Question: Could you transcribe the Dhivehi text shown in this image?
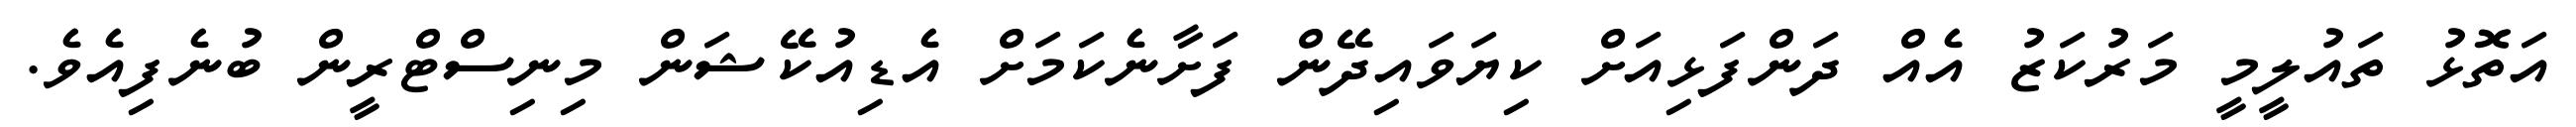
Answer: އަތޮޅު ތައުލީމީ މަރުކަޒު އެއް ދަންފަޅިއަށް ކިޔަވައިދޭން ފަށާނެކަމަށް އެޑިއުކޭޝަން މިނިސްޓްރީން ބުނެފިއެވެ.